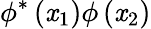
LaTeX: \phi^{*}\left(\mathit{x}_{1}\right)\phi\left(\mathit{x}_{2}\right)